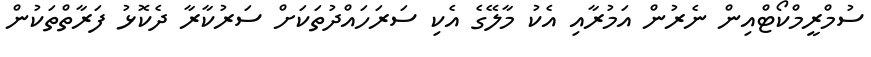
ސުމްރީމްކޯޓްއިން ނެރުން އަމުރާއި އެކު މާލޭގެ އެކި ސަރަހައްދުތަކަށް ސަރުކާރާ ދެކޮޅު ފަރާތްތަކުން